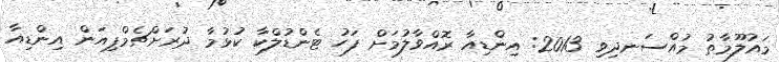
މައުލޫމާތު މުއްސަނދިވި 2013: އިންޑިއާ ރޮއްވާލުމަށް ފަހު ޓެންޑުލްކާ ކުޅުމާ ދުރަށްޗެމްޕިއަން އިންޑިއާ